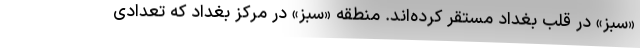
«سبز» در قلب بغداد مستقر کرده‌اند. منطقه «سبز» در مرکز بغداد که تعدادی